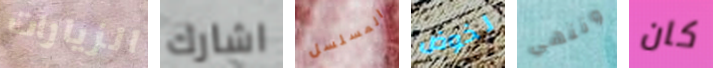
الزيارات اشارك المسلسل لخوض وننهي كان